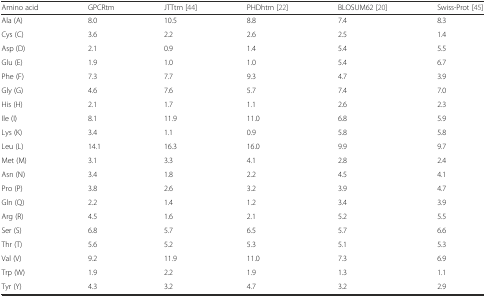
<table><thead><tr><td><b>Amino acid</b></td><td><b>GPCRtm</b></td><td><b>JTTtm [44]</b></td><td><b>PHDhtm [22]</b></td><td><b>BLOSUM62 [20]</b></td><td><b>Swiss-Prot [45]</b></td></tr></thead><tbody><tr><td>Ala (A)</td><td>8.0</td><td>10.5</td><td>8.8</td><td>7.4</td><td>8.3</td></tr><tr><td>Cys (C)</td><td>3.6</td><td>2.2</td><td>2.6</td><td>2.5</td><td>1.4</td></tr><tr><td>Asp (D)</td><td>2.1</td><td>0.9</td><td>1.4</td><td>5.4</td><td>5.5</td></tr><tr><td>Glu (E)</td><td>1.9</td><td>1.0</td><td>1.0</td><td>5.4</td><td>6.7</td></tr><tr><td>Phe (F)</td><td>7.3</td><td>7.7</td><td>9.3</td><td>4.7</td><td>3.9</td></tr><tr><td>Gly (G)</td><td>4.6</td><td>7.6</td><td>5.7</td><td>7.4</td><td>7.0</td></tr><tr><td>His (H)</td><td>2.1</td><td>1.7</td><td>1.1</td><td>2.6</td><td>2.3</td></tr><tr><td>Ile (I)</td><td>8.1</td><td>11.9</td><td>11.0</td><td>6.8</td><td>5.9</td></tr><tr><td>Lys (K)</td><td>3.4</td><td>1.1</td><td>0.9</td><td>5.8</td><td>5.8</td></tr><tr><td>Leu (L)</td><td>14.1</td><td>16.3</td><td>16.0</td><td>9.9</td><td>9.7</td></tr><tr><td>Met (M)</td><td>3.1</td><td>3.3</td><td>4.1</td><td>2.8</td><td>2.4</td></tr><tr><td>Asn (N)</td><td>3.4</td><td>1.8</td><td>2.2</td><td>4.5</td><td>4.1</td></tr><tr><td>Pro (P)</td><td>3.8</td><td>2.6</td><td>3.2</td><td>3.9</td><td>4.7</td></tr><tr><td>Gln (Q)</td><td>2.2</td><td>1.4</td><td>1.2</td><td>3.4</td><td>3.9</td></tr><tr><td>Arg (R)</td><td>4.5</td><td>1.6</td><td>2.1</td><td>5.2</td><td>5.5</td></tr><tr><td>Ser (S)</td><td>6.8</td><td>5.7</td><td>6.5</td><td>5.7</td><td>6.6</td></tr><tr><td>Thr (T)</td><td>5.6</td><td>5.2</td><td>5.3</td><td>5.1</td><td>5.3</td></tr><tr><td>Val (V)</td><td>9.2</td><td>11.9</td><td>11.0</td><td>7.3</td><td>6.9</td></tr><tr><td>Trp (W)</td><td>1.9</td><td>2.2</td><td>1.9</td><td>1.3</td><td>1.1</td></tr><tr><td>Tyr (Y)</td><td>4.3</td><td>3.2</td><td>4.7</td><td>3.2</td><td>2.9</td></tr></tbody></table>